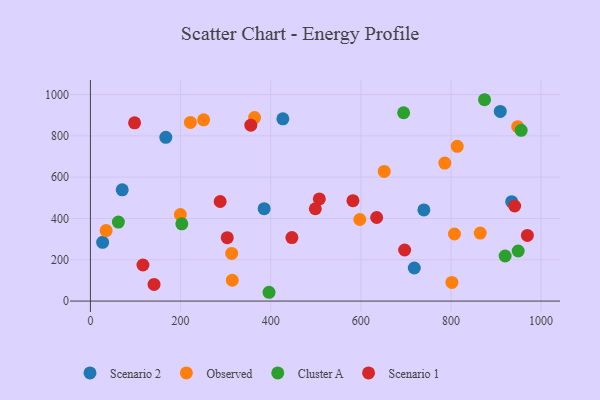
{"axis": {"x": "Engine Size", "y": "Demand"}, "legend": ["Cluster A", "Observed", "Scenario 1", "Scenario 2"], "data": [{"x": "427.0", "y": 882.5, "type": "Scenario 2"}, {"x": "718.6", "y": 160.2, "type": "Scenario 2"}, {"x": "909.4", "y": 918.2, "type": "Scenario 2"}, {"x": "385.5", "y": 447.2, "type": "Scenario 2"}, {"x": "167.3", "y": 792.7, "type": "Scenario 2"}, {"x": "27.1", "y": 284.3, "type": "Scenario 2"}, {"x": "934.7", "y": 481.1, "type": "Scenario 2"}, {"x": "739.9", "y": 441.2, "type": "Scenario 2"}, {"x": "70.6", "y": 538.8, "type": "Scenario 2"}, {"x": "802.0", "y": 90.2, "type": "Observed"}, {"x": "364.2", "y": 888.6, "type": "Observed"}, {"x": "251.2", "y": 877.5, "type": "Observed"}, {"x": "199.6", "y": 418.9, "type": "Observed"}, {"x": "948.1", "y": 844.2, "type": "Observed"}, {"x": "34.8", "y": 341.3, "type": "Observed"}, {"x": "807.7", "y": 324.7, "type": "Observed"}, {"x": "651.9", "y": 627.5, "type": "Observed"}, {"x": "786.3", "y": 668.3, "type": "Observed"}, {"x": "597.7", "y": 394.9, "type": "Observed"}, {"x": "221.8", "y": 865.0, "type": "Observed"}, {"x": "313.4", "y": 230.6, "type": "Observed"}, {"x": "314.8", "y": 100.8, "type": "Observed"}, {"x": "864.9", "y": 329.4, "type": "Observed"}, {"x": "813.8", "y": 749.4, "type": "Observed"}, {"x": "62.1", "y": 382.6, "type": "Cluster A"}, {"x": "955.7", "y": 826.8, "type": "Cluster A"}, {"x": "396.3", "y": 42.6, "type": "Cluster A"}, {"x": "874.5", "y": 974.8, "type": "Cluster A"}, {"x": "920.2", "y": 218.1, "type": "Cluster A"}, {"x": "202.8", "y": 373.8, "type": "Cluster A"}, {"x": "949.1", "y": 242.4, "type": "Cluster A"}, {"x": "694.9", "y": 911.8, "type": "Cluster A"}, {"x": "941.3", "y": 460.3, "type": "Scenario 1"}, {"x": "355.9", "y": 851.4, "type": "Scenario 1"}, {"x": "697.2", "y": 247.3, "type": "Scenario 1"}, {"x": "507.9", "y": 494.5, "type": "Scenario 1"}, {"x": "303.6", "y": 306.8, "type": "Scenario 1"}, {"x": "499.0", "y": 446.9, "type": "Scenario 1"}, {"x": "582.5", "y": 486.1, "type": "Scenario 1"}, {"x": "116.6", "y": 174.7, "type": "Scenario 1"}, {"x": "98.0", "y": 862.9, "type": "Scenario 1"}, {"x": "447.0", "y": 307.6, "type": "Scenario 1"}, {"x": "141.2", "y": 80.6, "type": "Scenario 1"}, {"x": "969.5", "y": 317.6, "type": "Scenario 1"}, {"x": "287.9", "y": 482.1, "type": "Scenario 1"}, {"x": "635.1", "y": 404.6, "type": "Scenario 1"}]}